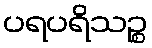
ပရပရိသဉ္စ